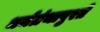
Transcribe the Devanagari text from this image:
धर्मग्रंथापुरते